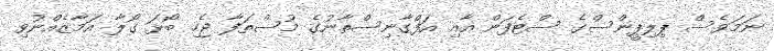
ނަމަވެސް ޕިލިޕީންސްގެ ސްޓެފަން އާއި އަފްގާނިސްތާނުގެ މުސްތަފާ ޖެހި ބޯޅަ ގޯލާ އަމާޒެއްނުވި